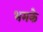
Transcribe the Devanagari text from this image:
भमके